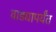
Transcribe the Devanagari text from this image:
वाड्यापर्यंत